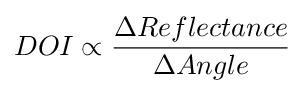
DOI\propto {\frac {\Delta Reflectance}{\Delta Angle}}